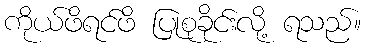
ကိုယ်ဖိရင်ဖိ ပြုစုခိုင်းလို့ ရသည်။